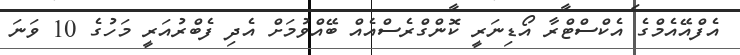
އެފްއޭއެމްގެ އެކްސްޓްރާ އޯޑިނަރީ ކޮންގްރެސްއެއް ބޭއްވުމަށް އެދި ފެބްރުއަރީ މަހުގެ 10 ވަނަ